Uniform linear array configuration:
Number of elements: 16
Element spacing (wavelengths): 0.25
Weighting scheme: hamming
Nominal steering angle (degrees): -30
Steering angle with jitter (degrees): -30.478
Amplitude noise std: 0.05
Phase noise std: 0.05

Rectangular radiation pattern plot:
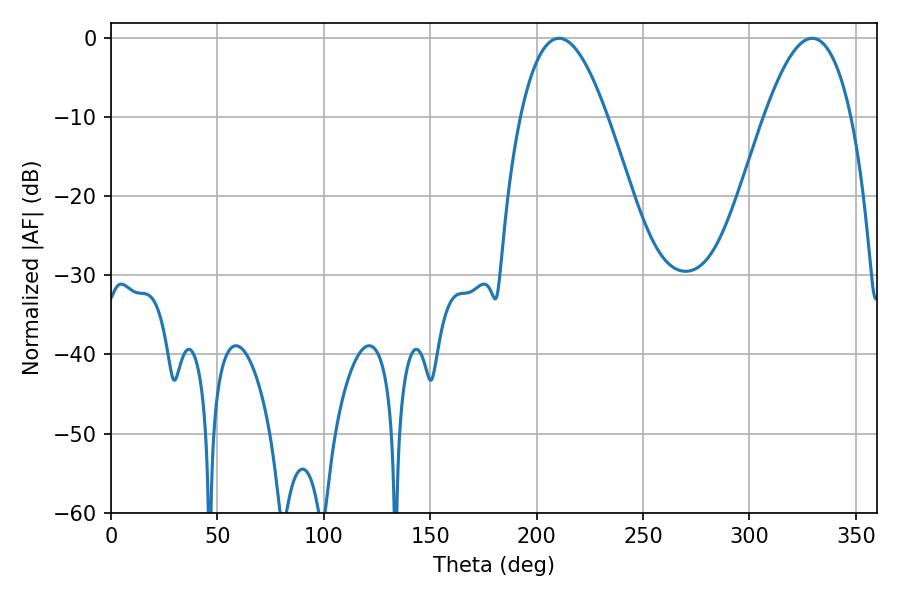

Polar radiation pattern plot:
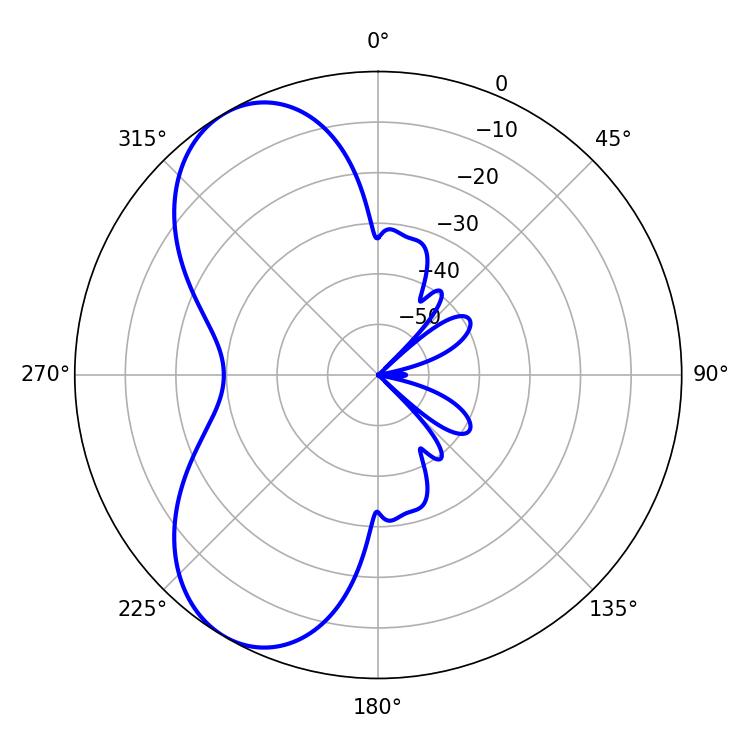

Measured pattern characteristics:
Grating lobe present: FALSE
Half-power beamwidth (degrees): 22.32
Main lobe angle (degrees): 210.6